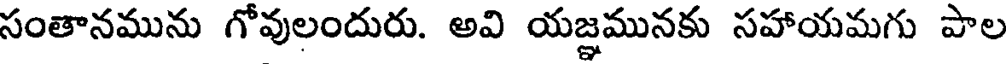
సంతానమును గోవులందురు. అవి యజ్ఞమునకు సహాయమగు పాల